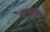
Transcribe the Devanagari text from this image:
बचट